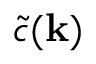
\tilde { c } ( \mathbf { k } )